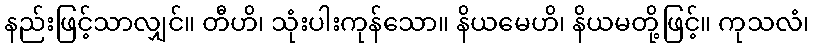
နည်းဖြင့်သာလျှင်။ တီဟိ၊ သုံးပါးကုန်သော။ နိယမေဟိ၊ နိယမတို့ဖြင့်။ ကုသလံ၊